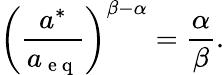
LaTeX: \left(\frac{a^{*}}{a_{\mathrm{~e~q~}}}\right)^{\beta-\alpha}=\frac{\alpha}{\beta}.